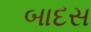
બાદસ